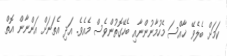
ކަމަށް ބެލެވޭ ޚާއްސަ މެހުމާނުންނާއި ބެހޭގޮތުންވެސް މެއެވެ. އަދި އެތަނަށް އަންނާން އޮތް